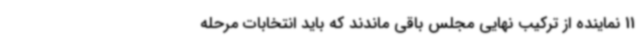
11 نماینده از ترکیب نهایی مجلس باقی ماندند که باید انتخابات مرحله